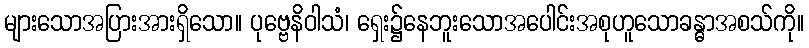
များသောအပြားအားရှိသော။ ပုဗ္ဗေနိဝါသံ၊ ရှေး၌နေဘူးသောအပေါင်းအစုဟူသောခန္ဓာအစသ်ကို။